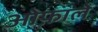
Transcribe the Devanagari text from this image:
ओफ़ाले